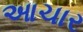
આચાર